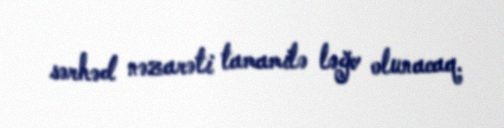
sərhəd nəzarəti tamamilə ləğv olunacaq.